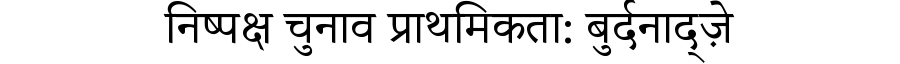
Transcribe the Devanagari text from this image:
निष्पक्ष चुनाव प्राथमिकता: बुर्दनाद्ज़े